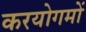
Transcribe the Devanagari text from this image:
करयोगमों